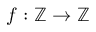
f : \mathbb { Z } \to \mathbb { Z }